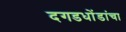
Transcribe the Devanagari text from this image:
दगडधोंडांचा